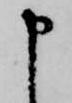
申